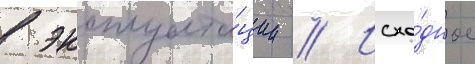
в эксплуата́ции // Исхо́дное